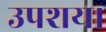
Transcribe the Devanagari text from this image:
उपशय।